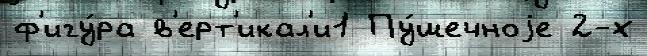
ф'игу́ра в'ерт'икал'и1 Пу́шечноjе 2-х